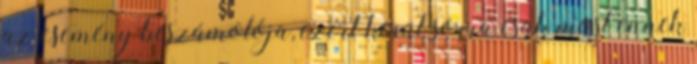
az esemény beszámolója, ezért kerül sorra csak most ennek